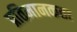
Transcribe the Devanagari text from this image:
प्रतिमानकता